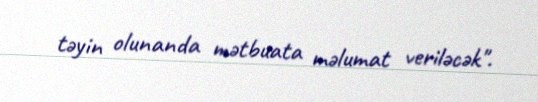
təyin olunanda mətbuata məlumat veriləcək".